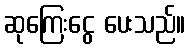
ဆုကြေးငွေ ပေးသည်။